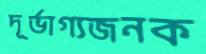
দূর্ভাগ্যজনক